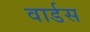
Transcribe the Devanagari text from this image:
वार्डस